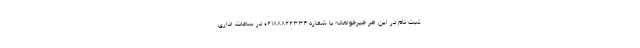
ثبت نام در این امر خیرخواهانه با شماره ۰۲۱۸۸۸۲۲۳۳۴ در ساعات اداری